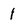
Character: 1